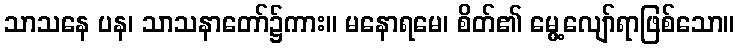
သာသနေ ပန၊ သာသနာတော်၌ကား။ မနောရမေ၊ စိတ်၏ မွေ့လျော်ရာဖြစ်သော။